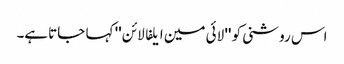
اس روشنی کو '' لائی مین ایلفا لائن '' کہا جاتاہے۔